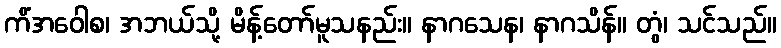
ကိံအဝေါစ၊ အဘယ်သို့ မိန့်တော်မူသနည်း။ နာဂသေန၊ နာဂသိန်။ တွံ၊ သင်သည်။